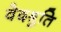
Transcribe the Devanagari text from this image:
वेदश्रुति